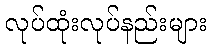
လုပ်ထုံးလုပ်နည်းများ